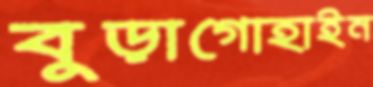
বুড়াগোহাইন